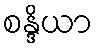
စန္ဒိယာ